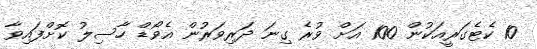
10 ކެޓެގަރީއަކުން 100 އަށް ވުރެ ގިނަ ދަރިވަރުން އެވޯޑް ހާސިލު ކޮށްފައިވާ